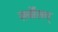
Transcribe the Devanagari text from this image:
सर्वोत्तम्